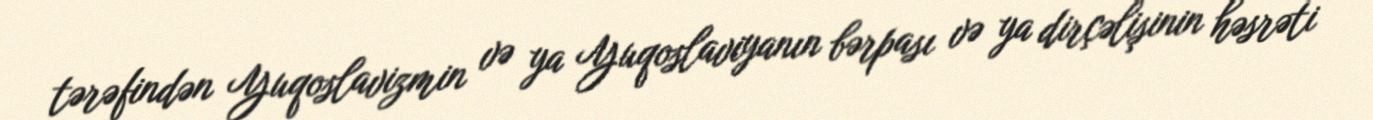
tərəfindən Yuqoslavizmin və ya Yuqoslaviyanın bərpası və ya dirçəlişinin həsrəti